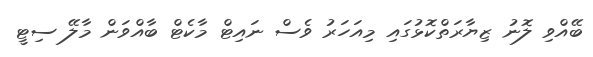
ބޭއްވި ލޮނު ޒިޔާރަތްކޮޅުގައި މިއަހަރު ވެސް ނައިޓް މާކެޓް ބާއްވަން މާލޭ ސިޓީ